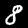
Label: 8